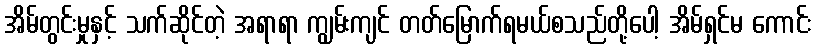
အိမ်တွင်းမှုနှင့် သက်ဆိုင်တဲ့ အရာရာ ကျွမ်းကျင် တတ်မြောက်ရမယ်စသည်တို့ပေါ့ အိမ်ရှင်မ ကောင်း